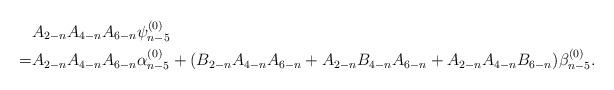
LaTeX: \begin{align*}&A_{2-n}A_{4-n}A_{6-n}\psi_{n-5}^{(0)}\\=&A_{2-n}A_{4-n}A_{6-n}\alpha_{n-5}^{(0)}+(B_{2-n}A_{4-n}A_{6-n}+A_{2-n}B_{4-n}A_{6-n}+A_{2-n}A_{4-n}B_{6-n})\beta_{n-5}^{(0)}.\end{align*}